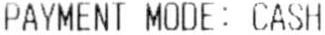
PAYMENT MODE: CASH